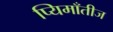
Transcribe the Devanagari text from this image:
प्यिमाँतीज